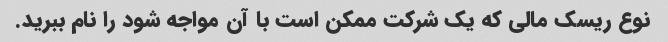
نوع ریسک مالی که یک شرکت ممکن است با آن مواجه شود را نام ببرید.